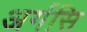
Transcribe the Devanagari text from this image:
अर्गसि